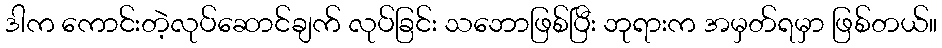
ဒါက ကောင်းတဲ့လုပ်ဆောင်ချက် လုပ်ခြင်း သဘောဖြစ်ပြီး ဘုရားက အမှတ်ရမှာ ဖြစ်တယ်။